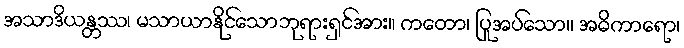
အသာဒိယန္တဿ၊ မသာယာနိုင်သောဘုရားရှင်အား။ ကတော၊ ပြုအပ်သော။ အဓိကာရော၊